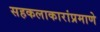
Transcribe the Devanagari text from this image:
सहकलाकारांप्रमाणे